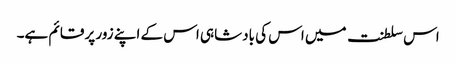
اس سلطنت میں اس کی بادشاہی اس کے اپنے زور پر قائم ہے۔